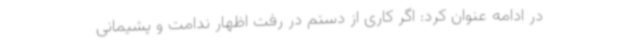
در ادامه عنوان کرد: اگر کاری از دستم در رفت اظهار ندامت و پشیمانی